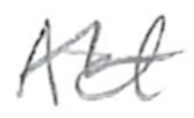
Text: Act
Cross-out: mix
Writing tool: pencil